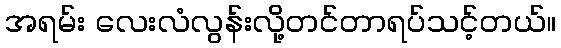
အရမ်း လေးလံလွန်းလို့တင်တာရပ်သင့်တယ်။